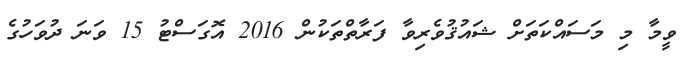
ވީމާ މި މަސައްކަތަށް ޝައުޤުވެރިވާ ފަރާތްތަކުން 2016 އޮގަސްޓު 15 ވަނަ ދުވަހުގެ